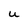
Character: U